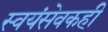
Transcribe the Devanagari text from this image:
स्वयंसेवकही